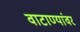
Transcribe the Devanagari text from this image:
वाटाण्यांवर